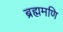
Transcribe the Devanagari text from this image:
ब्रह्ममणि